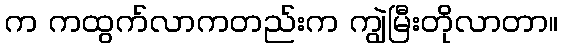
က ကထွက်လာကတည်းက ကျွဲမြီးတိုလာတာ။